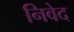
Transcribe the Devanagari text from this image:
निवेद